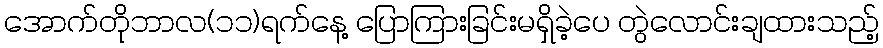
အောက်တိုဘာလ(၁၁)ရက်နေ့ ပြောကြားခြင်းမရှိခဲ့ပေ တွဲလောင်းချထားသည့်